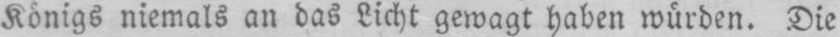
Königs niemals an das Licht gewagt haben würden. Die